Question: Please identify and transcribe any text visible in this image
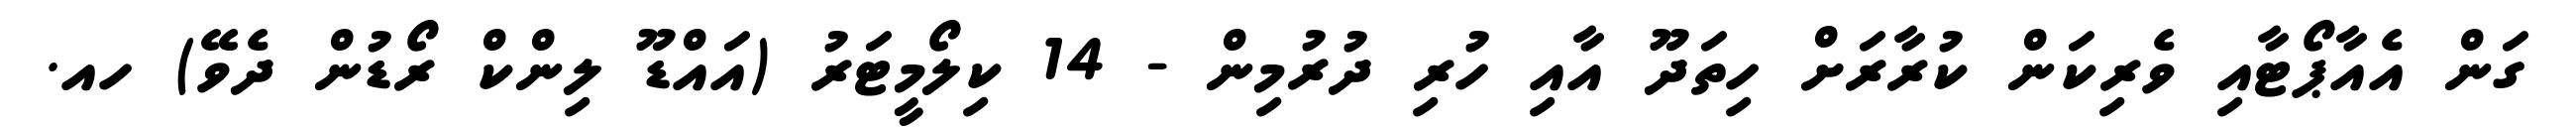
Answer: ގަން އެއާޕޯޓާއި ވެރިކަން ކުރާރަށް ހިތަދޫ އާއި ހުރި ދުރުމިން - 14 ކިލޯމީޓަރު (އައްޑޫ ލިންކް ރޯޑުން ދެވޭ) ހއ.